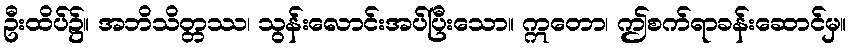
ဦးထိပ်၌။ အဘိသိတ္တဿ၊ သွန်းလောင်းအပ်ပြီးသော။ ဣတော၊ ဤစက်ရာခန်းဆောင်မှ။